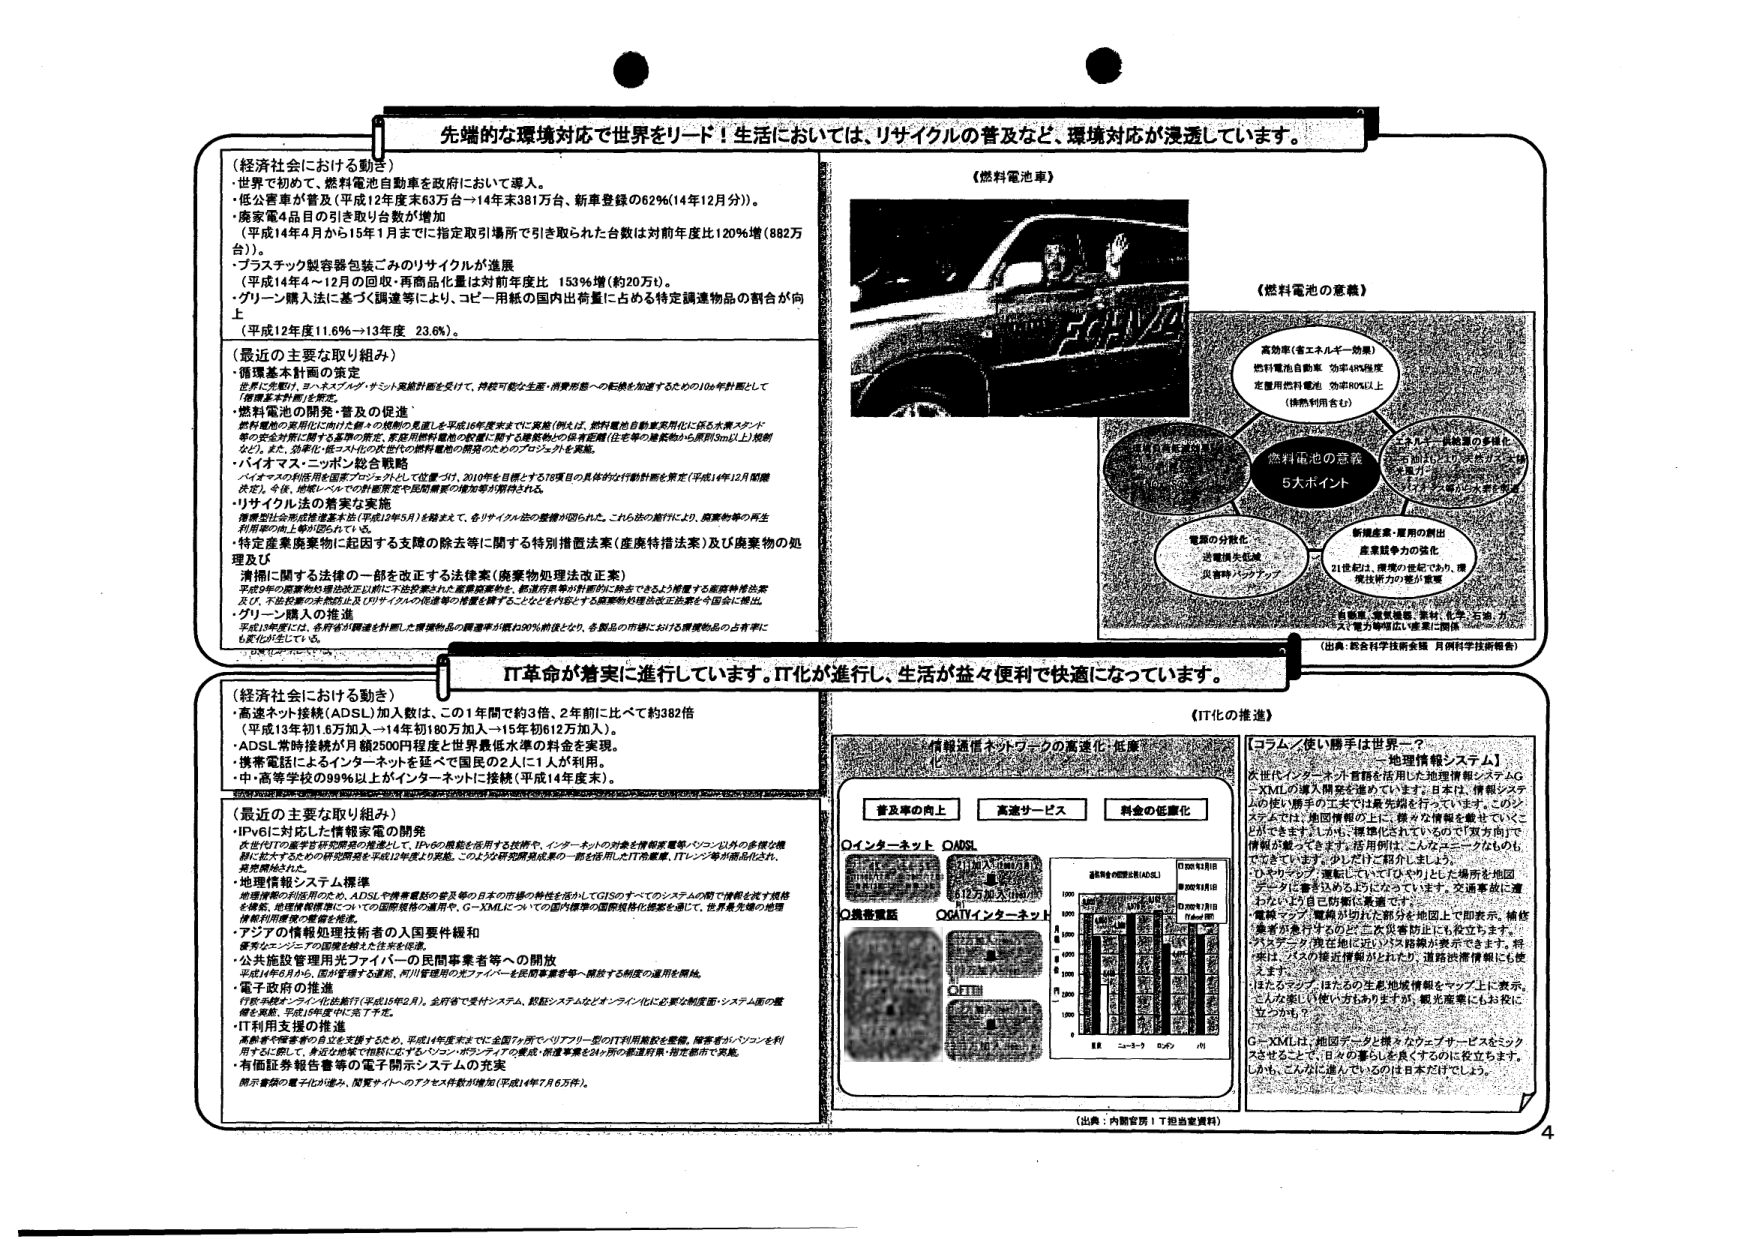
先端的な環境対応で世界をリード！生活においては、リサイクルの普及など、環境対応が浸透しています。

（経済社会における動き）
・世界で初めて、燃料電池自動車を政府において導入。
・低公害車が普及（平成12年度末63万台→14年度末381万台、新車登録の62％（14年12月分））。
・廃家電4品目の引き取り台数が増加
（平成14年4月から15年1月までに指定取引場所で引き取られた台数は対前年度比120％増（882万台））。
・プラスチック製容器包装ごみのリサイクルが進展
（平成14年4～12月の回収・再商品化量は対前年度比 153％増（約20万ｔ）。
・グリーン購入に基づく調達等により、コピー用紙の国内出荷量に占める特定調達物品の割合が向上
（平成12年度11.6％→13年度 23.6％）。

（最近の主要な取り組み）
・循環基本計画の策定
世界に先駆け、ヨーロッパ・アメリカ・サミット実施計画を受けて、持続可能な生産・消費形態への転換を加速するための10か年計画として「循環基本計画」を策定。
・燃料電池の開発・普及の促進
燃料電池の実用化に向けた個々の規制の見直しを平成16年度末までに実施（例えば、燃料電池自動車実用化に係る水素ステーション等の安全対策に関する基準の策定、家庭用燃料電池の設置に関する建築物の保有距離（住宅等の離隔から原則50m以上）規制など）。また、効率化・低コスト化の双方の燃料電池の開発のためのプロジェクトを実施。
・バイオマス・ニッポン総合戦略
バイオマスの利用促進を施策プロジェクトとして位置づけ、2010年を目途とする78項目の具体的な行動計画を策定（平成14年12月閣議決定）。今後、地域レベルでの計画策定や民間資本の参加等が期待される。
・リサイクル法の着実な実施
循環型社会形成推進基本法（平成12年5月）を踏まえて、各リサイクル法の整備が図られた。これらの施行により、廃棄物等の再生利用率の向上等が図られている。
・特定産業廃棄物に起因する支障の除去等に関する特別措置法案（産廃特措法案）及び廃棄物の処理及び
清掃に関する法律の一部を改正する法律案（廃棄物処理法改正案）
平成9年の廃棄物処理法改正以前に不法投棄された産業廃棄物を、都道府県等が計画的に除去できるよう措置する産廃特措法案及び、不法投棄の未然防止及びリサイクルの促進等の措置を講ずることなどを内容とする廃棄物処理法改正法案を今国会に提出。
・グリーン購入の推進
平成13年度には、各府省が調達を計画した環境物品の調達率が概ね30％前後となり、各製品の市場における環境物品の占有率に6％が生じている。

（燃料電池車）

（燃料電池の意義）

高効率（省エネルギー効果）
燃料電池自動車 効率40％程度
定置用燃料電池 効率80％以上
（熱熱利用含む）

燃料電池の意義
5大ポイント

電源の分散化
送電損失低減
災害時バックアップ

新規産業・雇用の創出
産業競争力の強化
21世紀は、環境の世紀であり、環境技術力の競争が重要

（出典：総合科学技術会議 月例科学技術報告）

IT革命が着実に進行しています。IT化が進行し、生活が益々便利で快適になっています。

（経済社会における動き）
・高速ネット接続（ADSL）加入数は、この1年間で約3倍、2年前に比べて約382倍
（平成13年約1.6万加入→14年約190万加入→15年約612万加入）。
・ADSL常時接続が月額2500円程度と世界最低水準の料金を実現。
・携帯電話によるインターネット接続で国民の2人に1人が利用。
・中・高等学校の99％以上がインターネットに接続（平成14年度末）。

（最近の主要な取り組み）
・IPv6に対応した情報家電の開発
次世代ITの基盤を研究開発の推進として、IPv6の機能を活用する技術や、インターネットの対象を情報家電等・パソコン以外の多様な機器に拡大するための研究開発を平成12年度より実施。このような研究開発成果の一部を活用したIT冷蔵庫、ITテレビ等が商品化され、販売開始された。
・地理情報システム標準
地理情報の利活用のため、ADSLや携帯電話の普及等の日本の市場の特性を活かしてGISのすべてのシステムの間で情報を流す規格を策定。地理情報標準についての国際規格の適用や、G-XMLについての国内標準の国際規格化提案を通じて、世界最先端の地理情報利活用の環境を推進。
・アジアの情報処理技術者の人材要件規和
東アジア・インドの国際会議を経て注目を浴びる。
・公共施設管理用光ファイバーの民間事業者等への開放
平成14年5月から、国が管理する道路、河川管理用の光ファイバーを民間事業者等へ開放する制度の適用を開始。
・電子政府の推進
行政手続オンライン化法施行（平成15年2月）。全府省で受付システム、認証システムなどオンライン化に必要な制度面・システム面の整備を実施。平成16年度中に完了予定。
・IT利用支援の推進
高齢者や障害者の自立を支援するため、平成14年度末までに全国7か所でリアルワールド型のIT利用施設を整備。障害者がパソコンを利用することに際して、身近な地域で個別に応ずるパソコンボランティアの養成・派遣事業を24か所の都道府県・指定都市で実施。
・有価証券報告書等の電子開示システムの充実
開示書類の電子化が進み、関連サイトへのアクセス件数が増加（平成14年7月6万件）。

（IT化の推進）

情報通信ネットワークの高速化・低価格化

普及率の向上 高速サービス 料金の低廉化

①インターネット ADSL
②携帯電話
③CATVインターネット
④FTTH

通信料金の推移（ADSL）
平成10年4月1日
平成12年4月1日
平成13年4月1日
平成14年4月1日
平成15年4月1日
（円／月）

（出典：内閣官房IT担当室資料）

【コラム／使い勝手は世界一？ — 地理情報システム】
次世代インターネット首都を活用した地理情報システムG-XMLの導入開発を進めています。日本は、情報システムの使い勝手の工夫では最先端を行っています。このシステムでは、地図情報の上に、様々な情報を載せていくことができます。しかも、標準化されているので「双方向」で情報が動くできます。活用例は、こんなユニークなものもできます。少しした「紹介」しましょう。
「ひきこもり」情報については「ヤリ」と交通事故に遭ったという自己防衛に活用できています。
・電線マップ：電線が切れた部分を地図上で即表示。修復業者が急行するので二次災害防止にも役立ちます。
・バスデータ：現在地に近いバス路線が表示できます。将来は、バスの接近情報がとれたり、道路渋滞情報にも使えます。
「はたらくマン」はたらく生産地情報もマップ上に表示。こんな使い勝手は他にありません。観光業者にもお役に立ちます。
G-XMLは、地図データと様々なウェブサービスをミックスさせることで、日本の暮らしを良くするのに役立ちます。しかも、こんなに進んでいるのは日本だけでしょう。

4